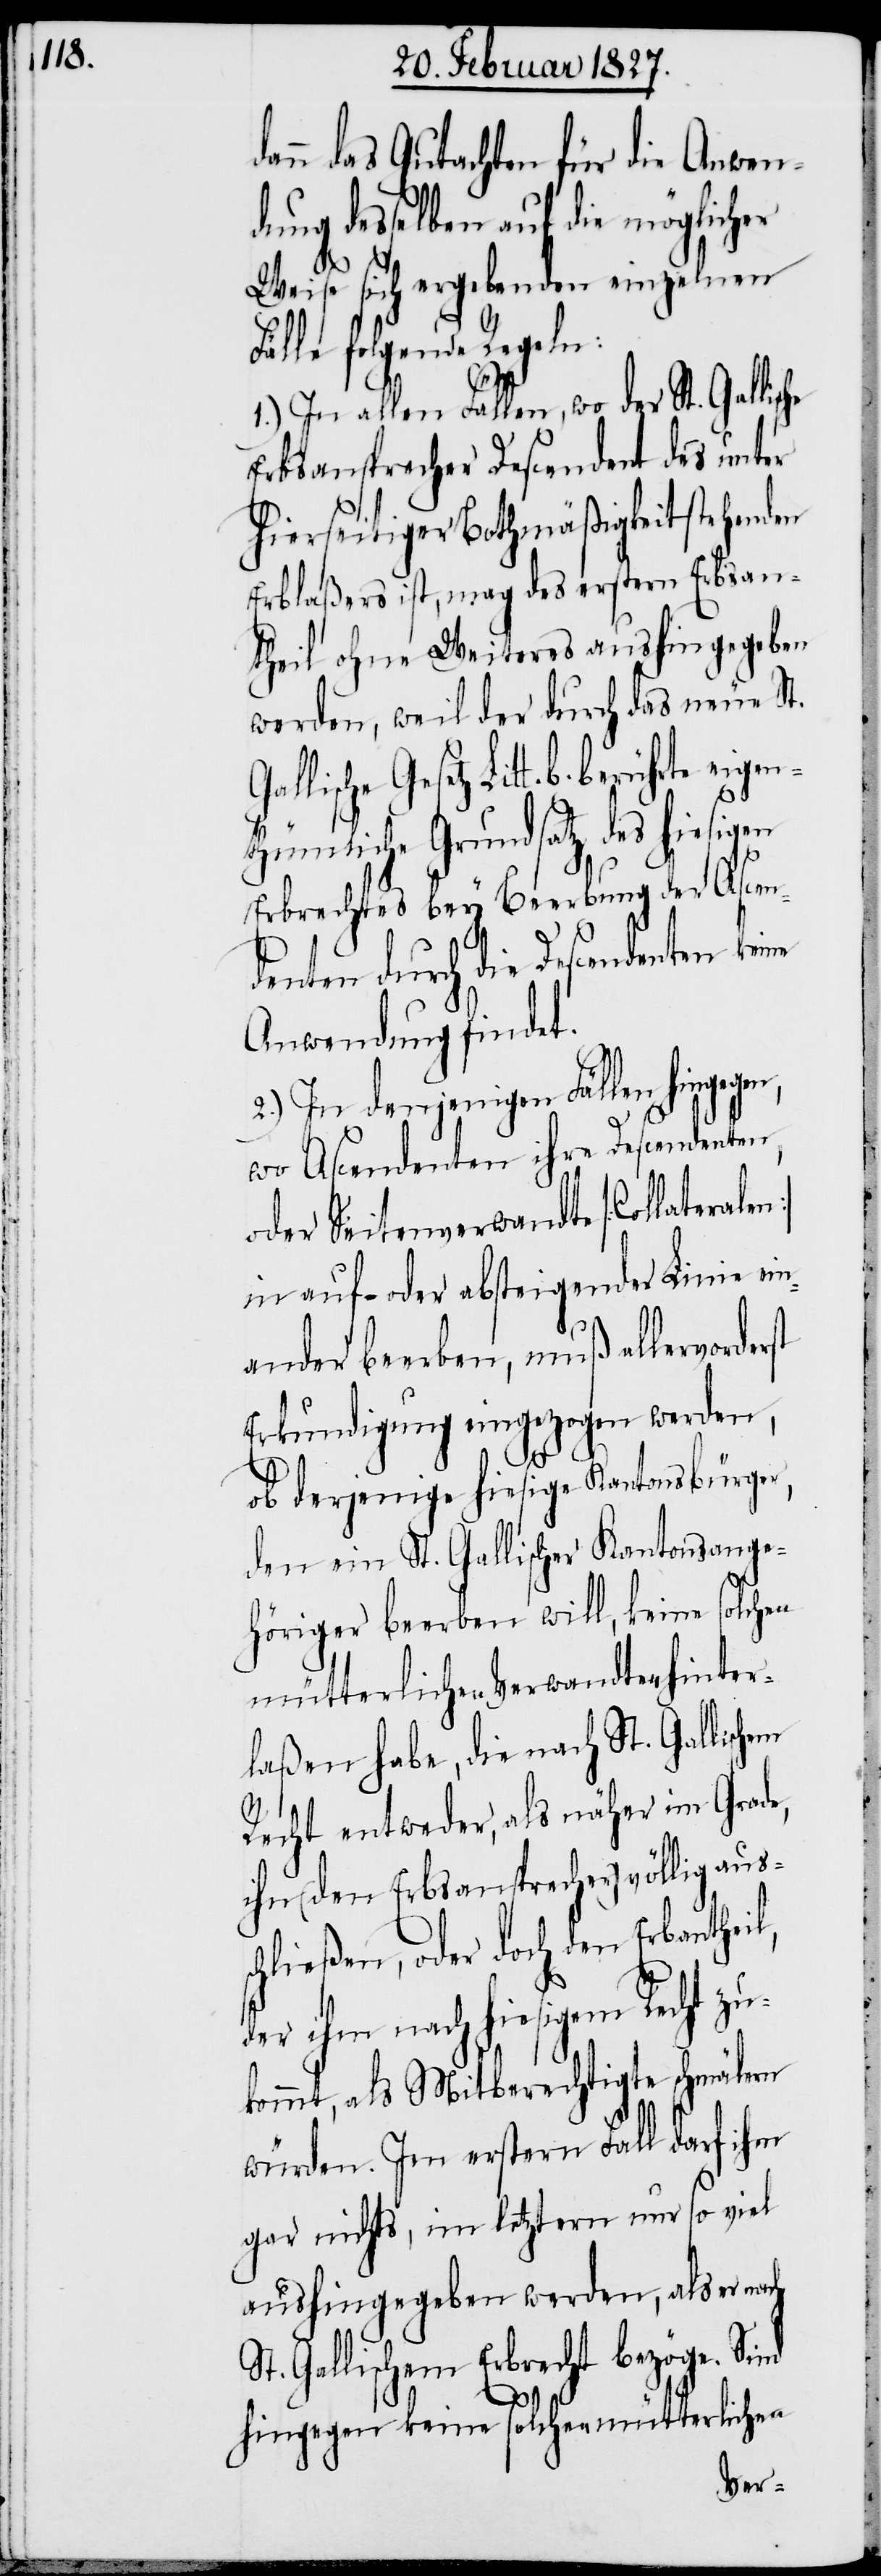
l,

ann das Gutachten für die Anwen¬
dung desselben auf die möglicher
Weise sich ergebenden einzelnen
Fälle folgende Regeln:
1.) In allen Fällen, wo der St. Gallis¬
Erbsansprecher Descendent des unter
hierseitiger Bothmäßigkeit stehenden
Erblaßers ist, mag des erstern Erbsan¬
theil ohne Weiteres aushin gegeben
werden, weil der durch das neue St.
Gallische Gesetz Litt. b.
rundsatz des hiesigen
Erbrechtes bey Beerbung der Ascen¬
denten durch die Descendenten keine
Anwendung findet.
2.) In denjenigen Fällen hingegen,
wo Ascendenten ihre Descendenten,
oder Seitenverwandte [Collateralen]
in auf- oder absteigender Linie ein¬
ander beerben, muß allervorderst
Erkundigung eingezogen werden,
ob derjenige hiesige Kantonsbürger,
den ein St. Gallischer Kantonsange¬
höriger beerben will, keine solchen
mütterlichen Verwandten hinter¬
laßen habe, die nach St. Gallisch¬
Recht entweder, als näher im Grade,
ihn (den Erbsansprecher) völlig aus¬
chließen, oder doch den Erbanthei¬
der ihm nach hiesigem Recht zu¬
kommt, als Mitberechtigte schmälern
würden. Im erstern Fall darf ihm
gar nichts, im letztern nur so viel
aushingegeben werden, als er nach
St. Gallischem Erbrecht bezöge. Sind
hingegen keine solchen mütterlichen